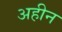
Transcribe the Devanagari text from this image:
अहीन